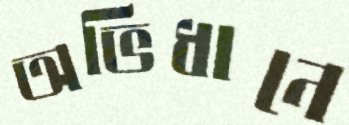
অভিধানে